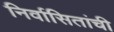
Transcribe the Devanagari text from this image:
निर्वासितांची